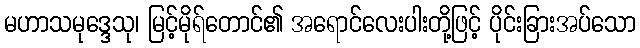
မဟာသမုဒ္ဒေသု၊ မြင့်မိုရ်တောင်၏ အရောင်လေးပါးတို့ဖြင့် ပိုင်းခြားအပ်သော